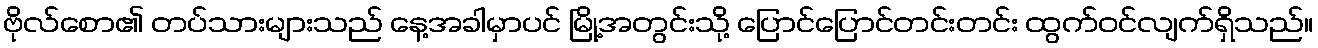
ဗိုလ်စော၏ တပ်သားများသည် နေ့အခါမှာပင် မြို့အတွင်းသို့ ပြောင်ပြောင်တင်းတင်း ထွက်ဝင်လျက်ရှိသည်။